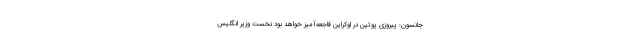
جانسون: پیروزی پوتین در اوکراین فاجعه‌آمیز خواهد بود نخست وزیر انگلیس